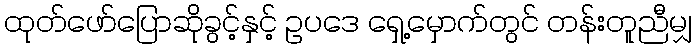
ထုတ်ဖော်ပြောဆိုခွင့်နှင့် ဥပဒေ ရှေ့မှောက်တွင် တန်းတူညီမျှ